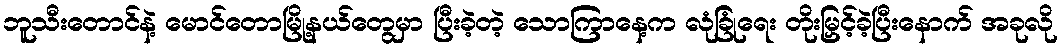
ဘူသီးတောင်နဲ့ မောင်တောမြို့နယ်တွေမှာ ပြီးခဲ့တဲ့ သောကြာနေ့က လုံခြုံရေး တိုးမြှင့်ခဲ့ပြီးနောက် အခုလို